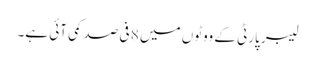
لیبر پارٹی کے ووٹوں میں 8 فی صد کمی آئی ہے۔